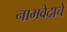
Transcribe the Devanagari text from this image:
नामवेदाचे